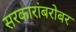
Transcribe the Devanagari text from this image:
सरकारांबरोबर